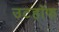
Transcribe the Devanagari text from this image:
उटहॉफ